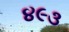
૪૯૩